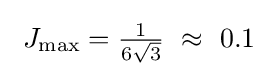
\ J_{\max }={\tfrac {1}{6{\sqrt {3}}}}\ \approx \ 0.1\